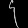
Digit: ၄